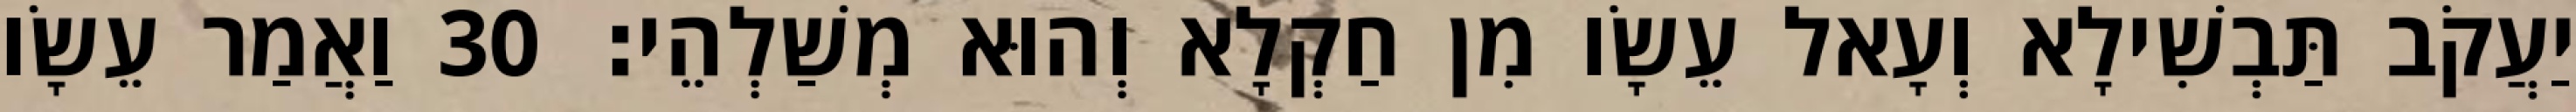
יַעֲקֹב תַּבְשִׁילָא וְעָאל עֵשָׂו מִן חַקְלָא וְהוּא מְשַׁלְהֵי׃ 30 וַאֲמַר עֵשָׂו